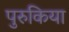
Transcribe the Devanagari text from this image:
पुरुकिया